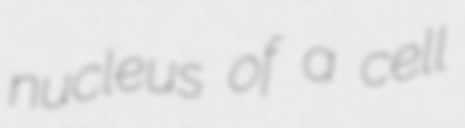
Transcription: nucleus of a cell